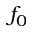
f _ { 0 }